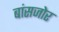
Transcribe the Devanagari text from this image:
बांसजोर